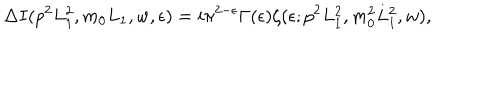
\Delta I ( p ^ { 2 } L _ { 1 } ^ { 2 } , m _ { 0 } L _ { 1 } , w , \epsilon ) = i \pi ^ { 2 - \epsilon } \Gamma ( \epsilon ) \zeta ( \epsilon ; p ^ { 2 } L _ { 1 } ^ { 2 } , m _ { 0 } ^ { 2 } L _ { 1 } ^ { 2 } , w ) ,